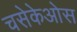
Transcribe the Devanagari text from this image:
चसेकेओस